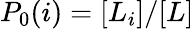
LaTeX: P_{0}(i)=[L_{i}]/[L]